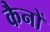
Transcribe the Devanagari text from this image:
कैनों